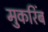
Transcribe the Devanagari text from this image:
मुकरिंब